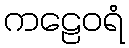
ကဠေဝရံ